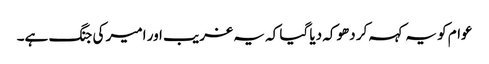
عوام کو یہ کہہ کر دھوکہ دیا گیا کہ یہ غریب اور امیر کی جنگ ہے۔